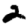
Digit: 2